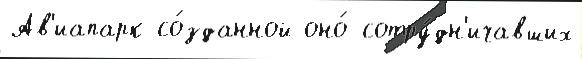
Ав'иапарк со́зданной оно́ сотру́дн'ичавших